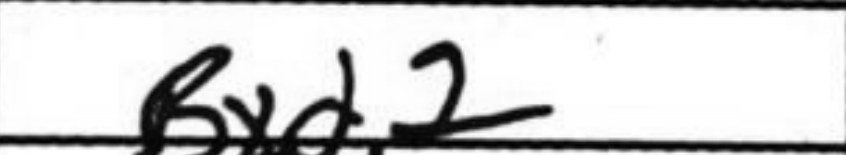
Transcription: Bxd2